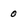
Character: 0